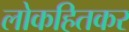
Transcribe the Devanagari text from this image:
लोकहितकर